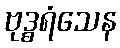
ဗုဒ္ဓရံသေန